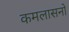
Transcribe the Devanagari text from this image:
कमलासनो